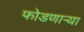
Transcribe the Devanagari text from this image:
फोडणार्‍या